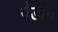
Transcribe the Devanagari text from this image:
गेडाॅन